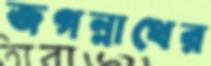
জগন্নাথের